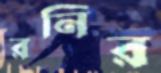
রনির